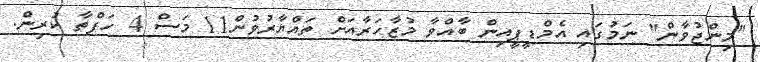
"މިންޖުވާން" ނަމުގައި އެމްޑީޕީއިން ބާއްވާ މުޒާހަރާއަށް ތައްޔާރުވުން11 މަސް 4 ހަފްތާ ކުރިން.